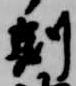
刻